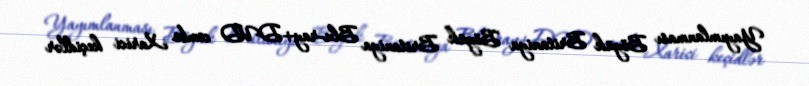
Yayımlanması Böyük Britaniya Böyük Britaniya Blu-ray+DVD combo Xarici keçidlər